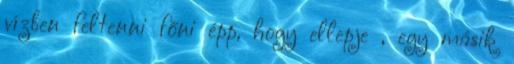
vízben feltenni főni épp, hogy ellepje , egy másik